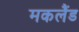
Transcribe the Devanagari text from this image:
मकलैंड